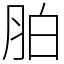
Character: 胉